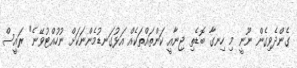
ގެންދެވިގެން ނޫނީ މި ހިނގާ ބޮޑެތި ޖިނާއީ ކަންތައްތަކެއް އަޅުގަނޑުމެންނަކަށް ނުހުއްޓުވޭނެ" ރައީސް